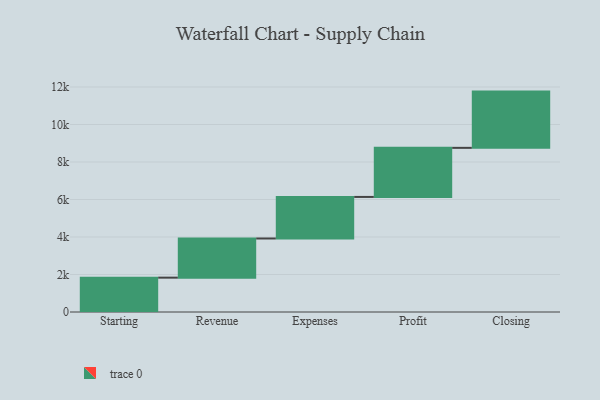
{"axis": {"x": "Step", "y": "Value"}, "legend": [""], "data": [{"x": "Starting", "y": 1832.0, "type": ""}, {"x": "Revenue", "y": 2089.0, "type": ""}, {"x": "Expenses", "y": 2216.0, "type": ""}, {"x": "Profit", "y": 2618.0, "type": ""}, {"x": "Closing", "y": 3000, "type": ""}]}